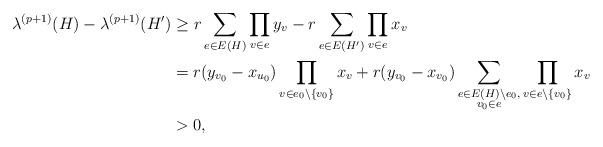
LaTeX: \begin{align*}\lambda^{(p+1)}(H)-\lambda^{(p+1)}(H') & \geq r\sum_{e\in E(H)}\prod_{v\in e}y_v-r\sum_{e\in E(H')}\prod_{v\in e}x_v\\& =r(y_{v_0}-x_{u_0})\prod_{v\in e_0\backslash\{v_0\}}x_v+r(y_{v_0}-x_{v_0})\sum_{\substack{e\in E(H)\backslash e_0,\\ v_0\in e}}\prod_{v\in e\backslash\{v_0\}}x_v\\& >0,\end{align*}